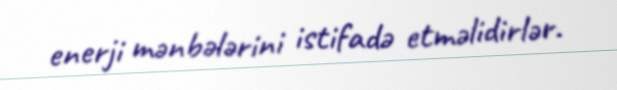
enerji mənbələrini istifadə etməlidirlər.